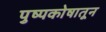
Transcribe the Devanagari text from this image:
पुष्पकोषातून